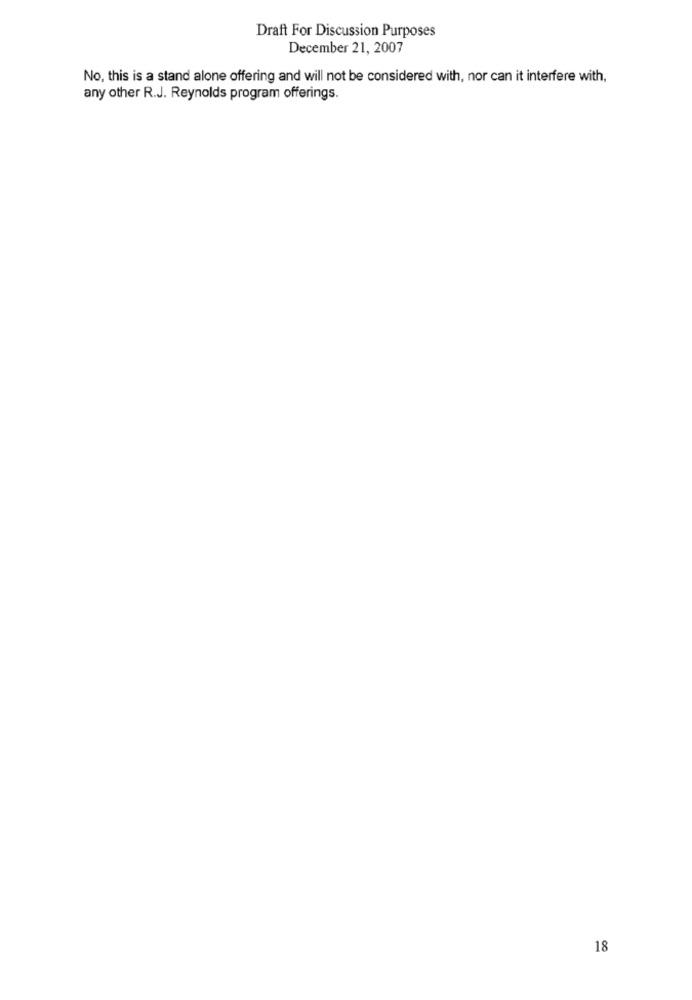
Draft For Discussion Purposes
December 21, 2007
No, this is a stand alone offering and will not be considered with, nor can it interfere with,
any other R.J. Reynolds program offerings.
18